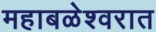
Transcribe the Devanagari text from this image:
महाबळेश्वरात